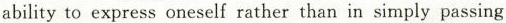
ability to express oneself rather than in simply passing